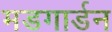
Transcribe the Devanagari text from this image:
मडगार्डन